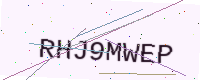
Text: RHJ9MWEP